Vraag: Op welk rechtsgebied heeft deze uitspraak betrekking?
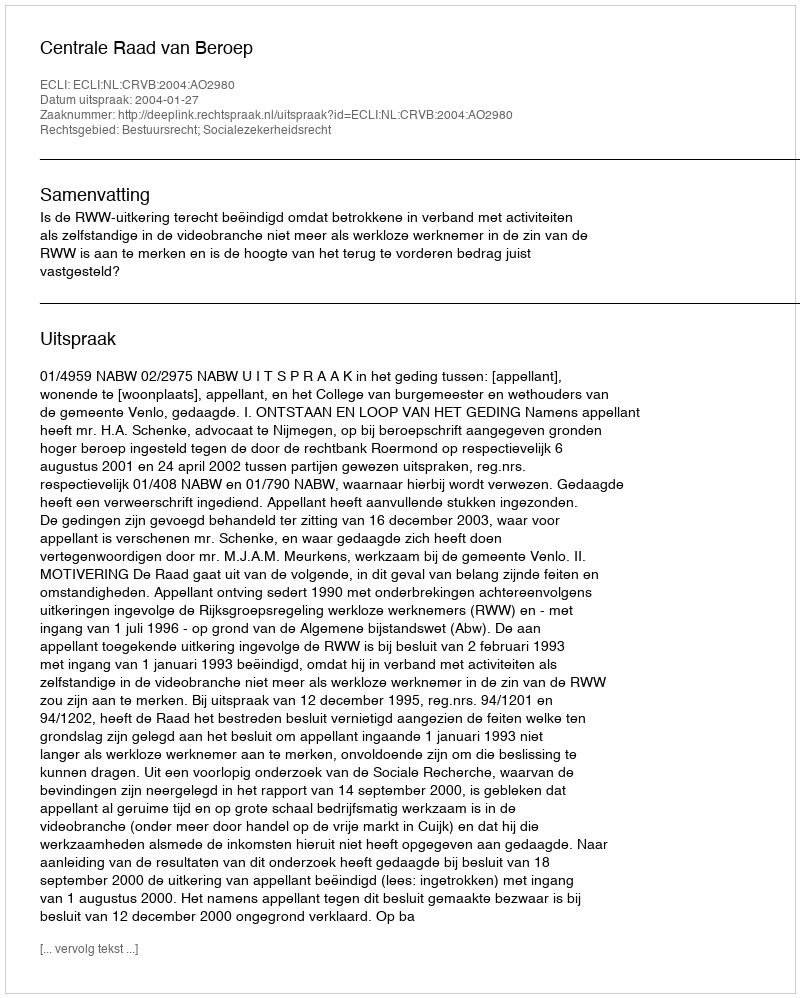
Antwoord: Bestuursrecht; Socialezekerheidsrecht